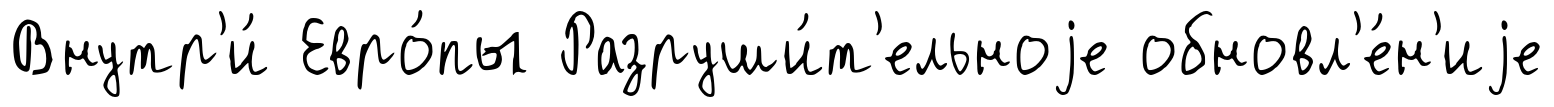
Внутр'и́ Евро́пы Разруши́т'ельноjе обновл'е́н'иjе